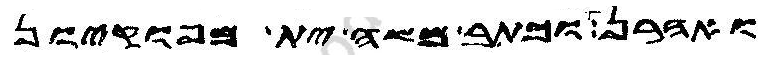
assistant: ואהרן וכתב משה ית מפוקיון